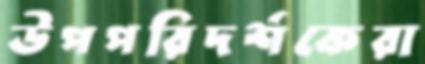
উপপরিদর্শকেরা